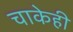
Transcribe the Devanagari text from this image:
चाकेही